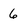
Character: 6